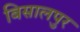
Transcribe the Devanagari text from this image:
बिसालपुर